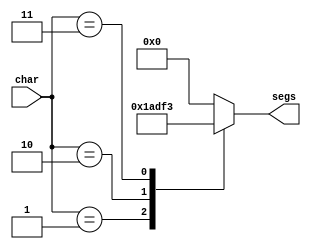
/*
   This file was generated automatically by Alchitry Labs version 1.2.7.
   Do not edit this file directly. Instead edit the original Lucid source.
   This is a temporary file and any changes made to it will be destroyed.
*/

module seven_seg_win_27 (
    input [3:0] char,
    output reg [6:0] segs
  );
  
  
  
  always @* begin
    
    case (char)
      1'h0: begin
        segs = 7'h00;
      end
      1'h1: begin
        segs = 7'h06;
      end
      2'h2: begin
        segs = 7'h5b;
      end
      2'h3: begin
        segs = 7'h73;
      end
      default: begin
        segs = 7'h00;
      end
    endcase
  end
endmodule